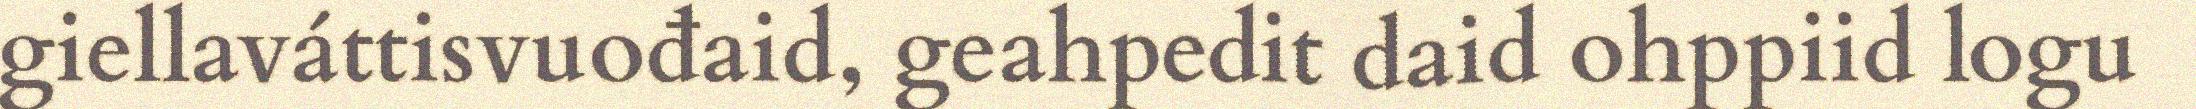
giellaváttisvuođaid, geahpedit daid ohppiid logu